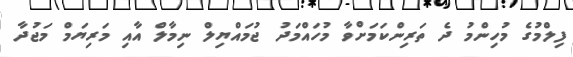
ފިލްމުގެ މުހިންމު ދެ ތަރިންކަމަށްވާ މުހައްމަދު ޖުމައްޔިލް ނިމާލް އާއި މަރިޔަމް މަޖުދާ